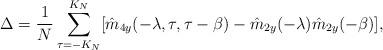
LaTeX: \begin{align*}\Delta = \frac{1}{N}\sum_{\tau = -K_N}^{K_N}[\hat{m}_{4y}(-\lambda,\tau,\tau-\beta) - \hat{m}_{2y}(-\lambda)\hat{m}_{2y}(-\beta)],\end{align*}